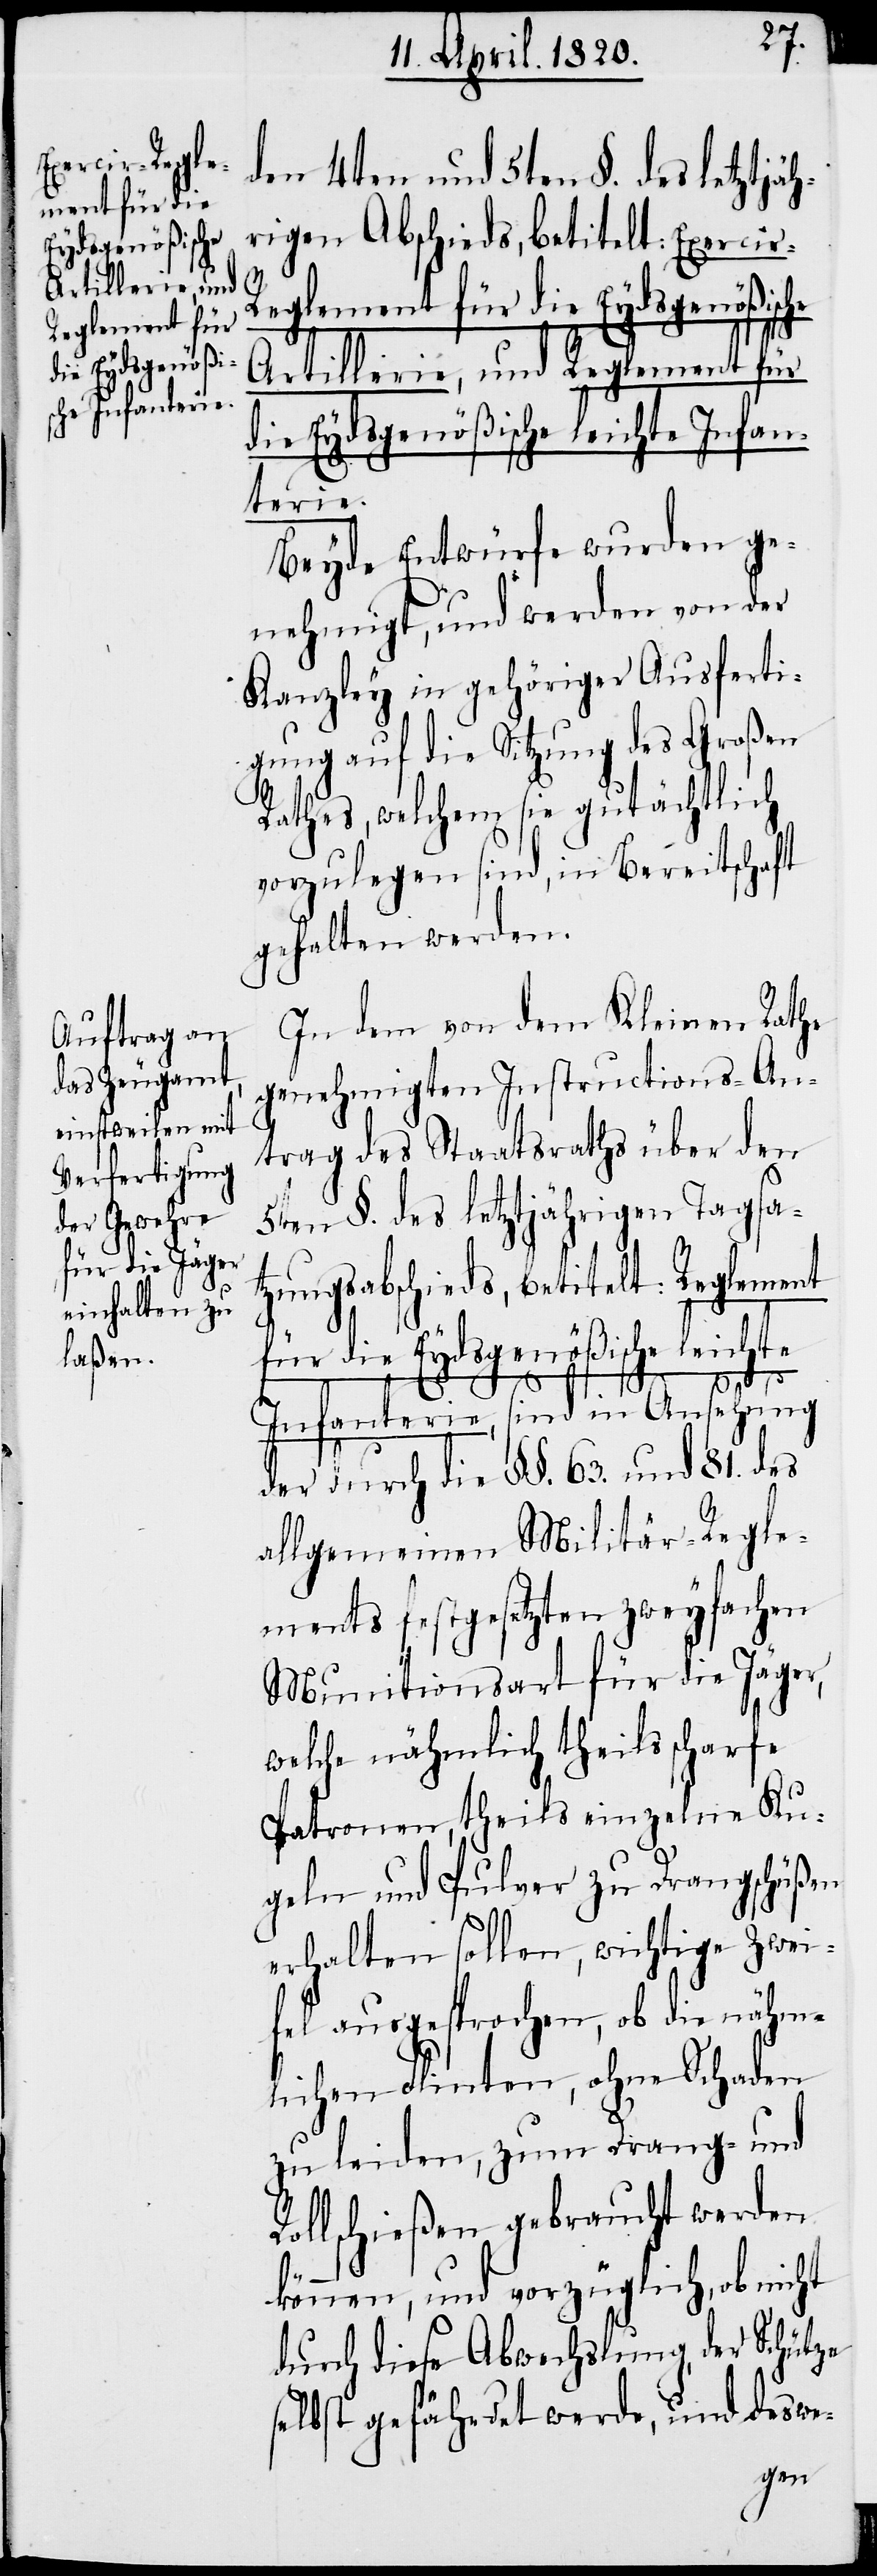
rcir-Regle¬
ment für die
Eydsgenößische
Artillerie, und
Reglement für

den 4ten und 5ten §. des letztjäh¬
rigen Abschieds, betitelt: Exe¬
die Eydsgenößische leichte Infan¬
terie.
Beyde Entwürfe wurden ge¬
nehmigt, und werden von der
Kanzley in gehöriger Ausferti¬
gung auf die Sitzung des Großen
Rathes, welchem sie gutächtlich
vorzulegen sind, in Bereitschaft
gehalten werden.
In dem von dem Kleinen Rathe
genehmigten Instructions-An¬
trag des Staatsraths über den
5ten §. des letztjährigen Tagsat¬
zungsabschied, betitelt: Reglement
für die Eydsgenößische leichte
Infanterie, sind in Ansehung
der durch die §§. 63. und 81. des
allgemeinen Militär-Regle¬
ments festgesetzten zweyfachen
Munitionsart für die Jäger,
welche nämlich theils scharfe
Patronen, theils einzelne Ku¬
geln und Pulver zu Drangschüßen
erhalten sollen, wichtige Zwei¬
fel angesprochen, ob die nähm¬
lichen Flinten, ohne Schaden
zu leiden, zum Drang- und
Rollschießen gebraucht werden
könne, und vorzüglich, ob nicht
durch diese Abwechslung, der Schütze
selbst gefährdet werde, und deswe-